State Department UAP Cable 2, Kazakhstan, January 31, 1994
Agency: Department of State
Incident date: 1/27/94
Incident location: Kazakhstan
Page 2
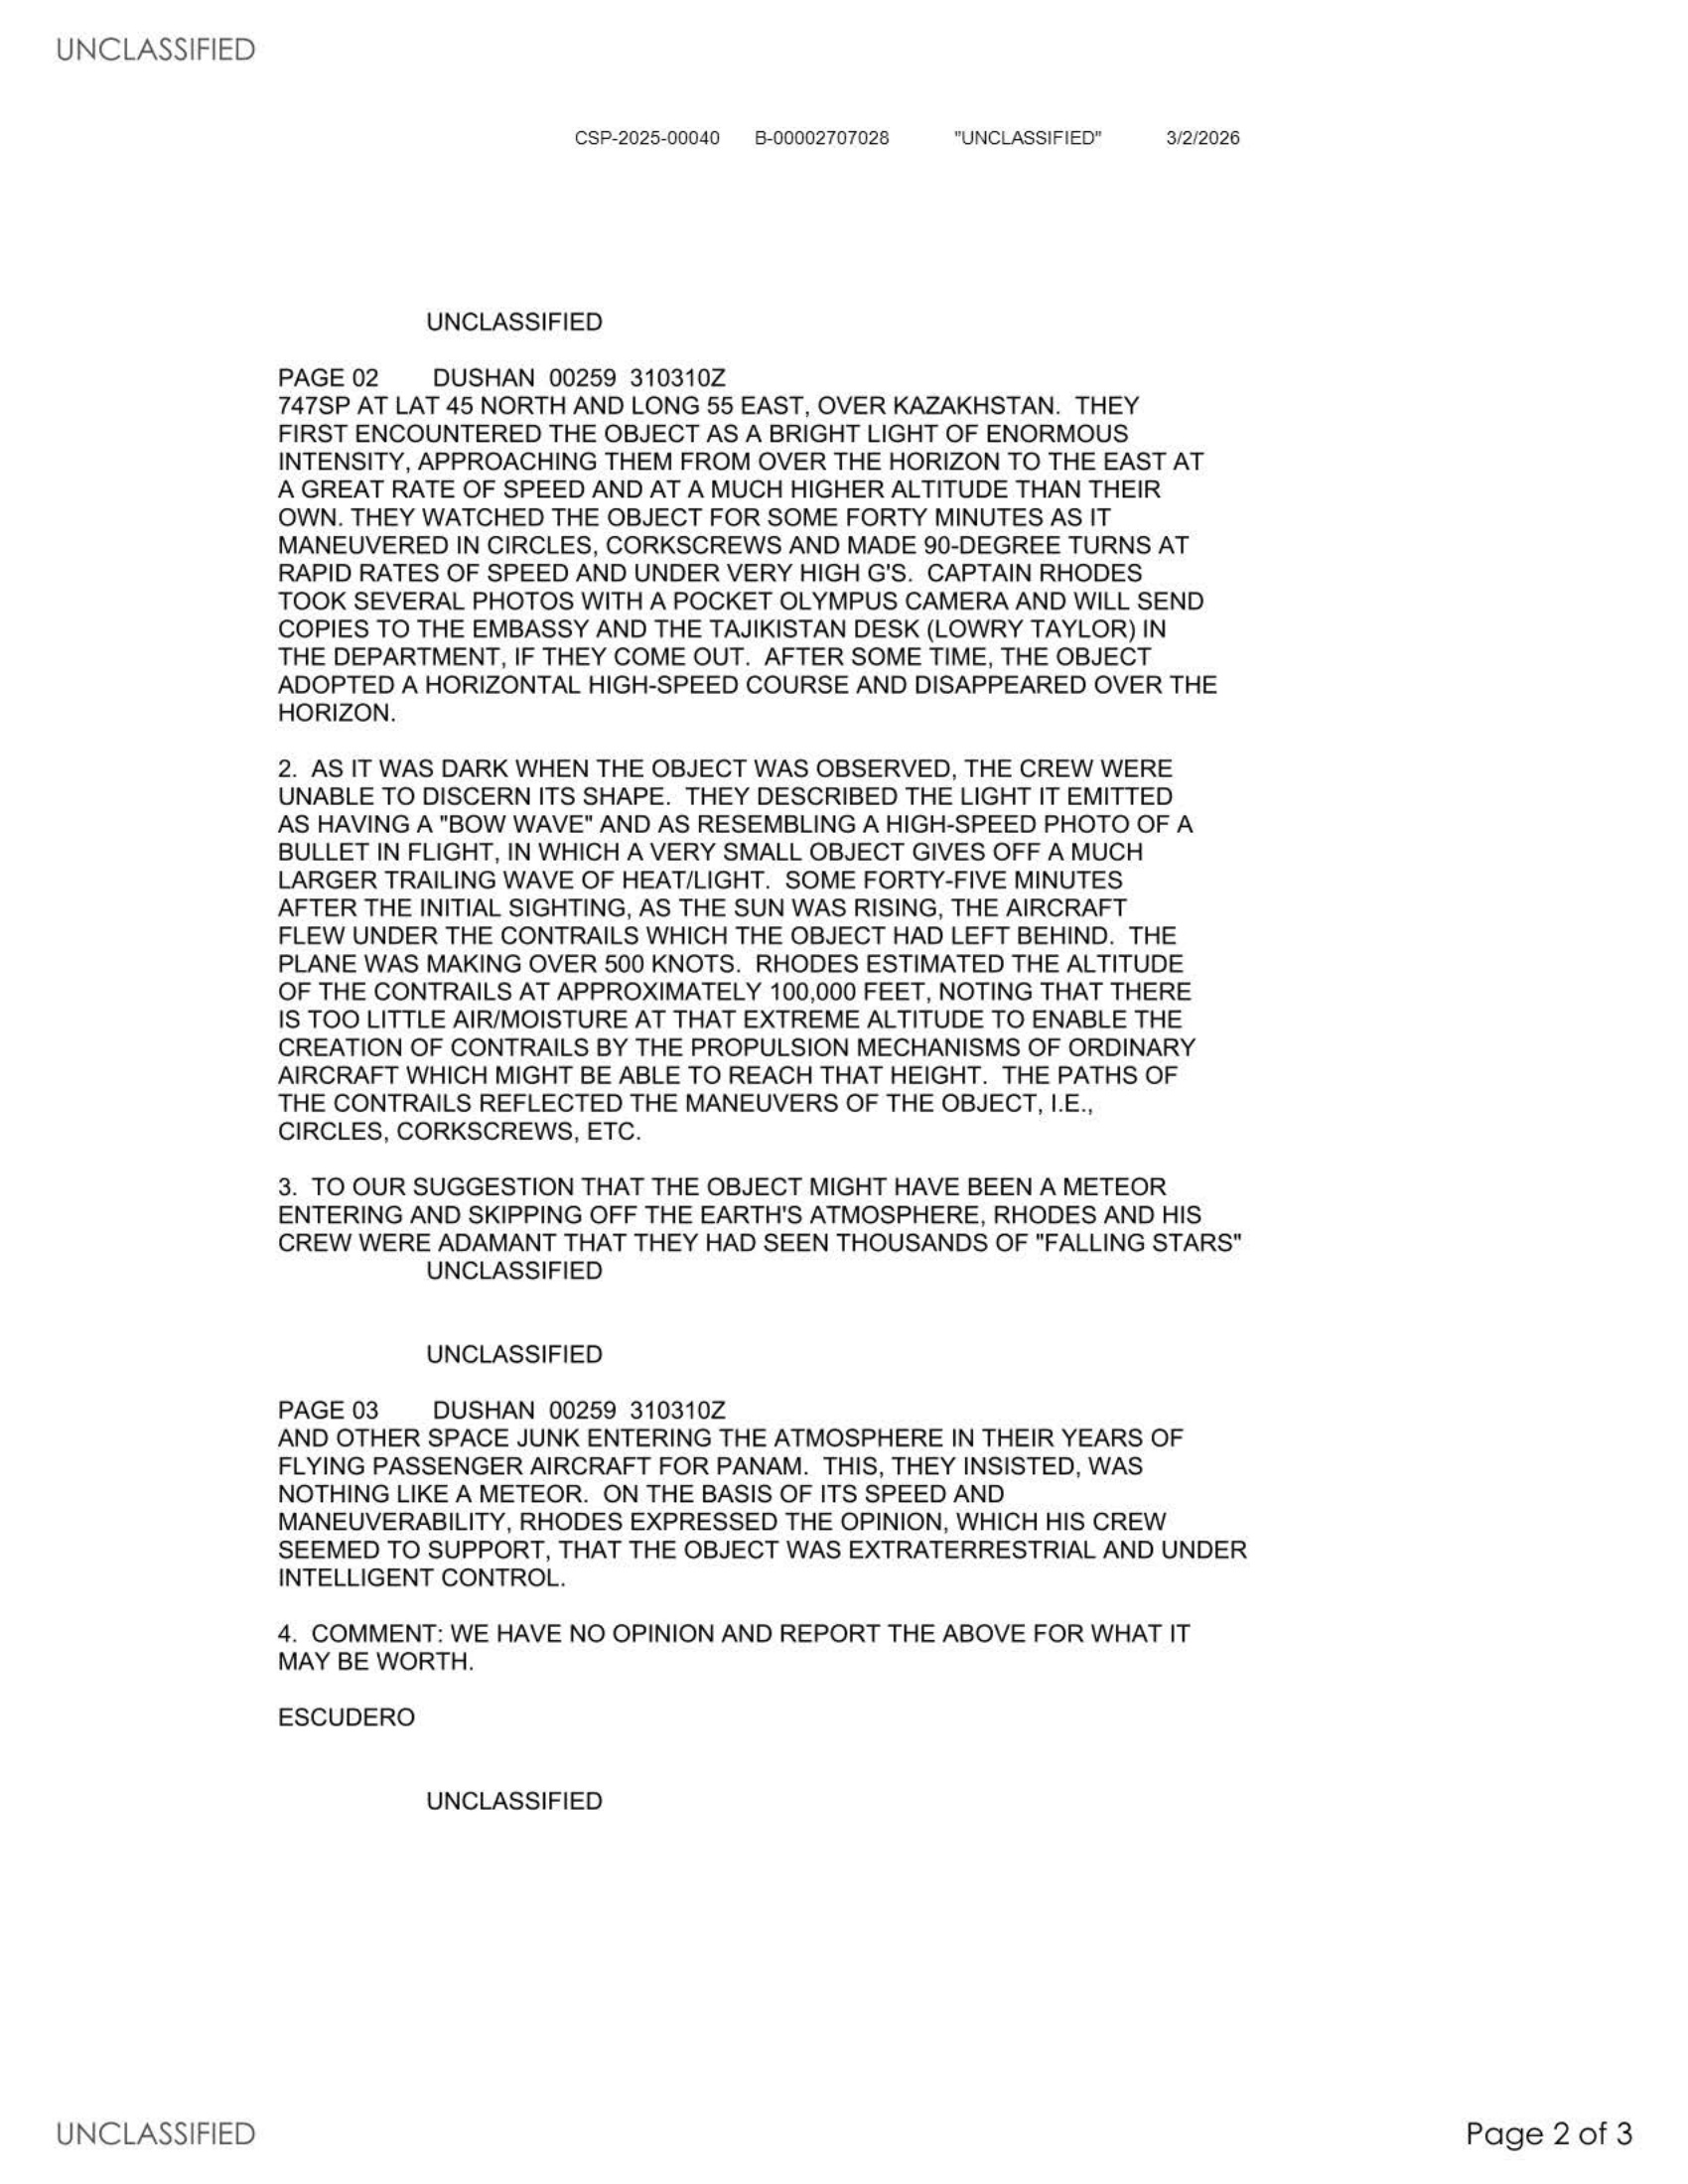